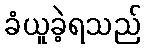
ခံယူခဲ့ရသည်